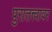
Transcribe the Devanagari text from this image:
पुरातत्त्वावर